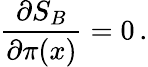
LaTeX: \frac{\partial S_{B}}{\partial\pi(x)}=0\, .